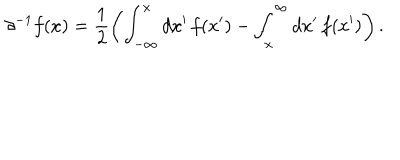
\partial ^ { - 1 } f ( x ) = \frac { 1 } { 2 } \left( \int _ { - \infty } ^ { x } d x ^ { \prime } \, f ( x ^ { \prime } ) - \int _ { x } ^ { \infty } d x ^ { \prime } \, f ( x ^ { \prime } ) \right) .